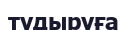
тудыруға